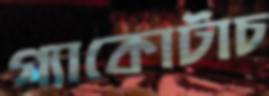
গ্যাকোটাচ